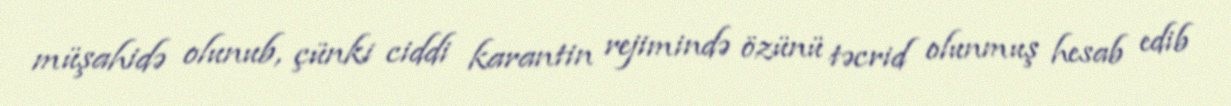
müşahidə olunub, çünki ciddi karantin rejimində özünü təcrid olunmuş hesab edib